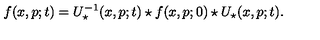
f ( x , p ; t ) = U _ { \star } ^ { - 1 } ( x , p ; t ) \star f ( x , p ; 0 ) \star U _ { \star } ( x , p ; t ) .